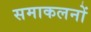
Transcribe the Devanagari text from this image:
समाकलनों